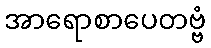
အာရောစာပေတဗ္ဗံ